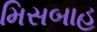
મિસબાહ